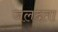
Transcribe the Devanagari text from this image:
जलदता